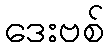
ဒေးဗစ်